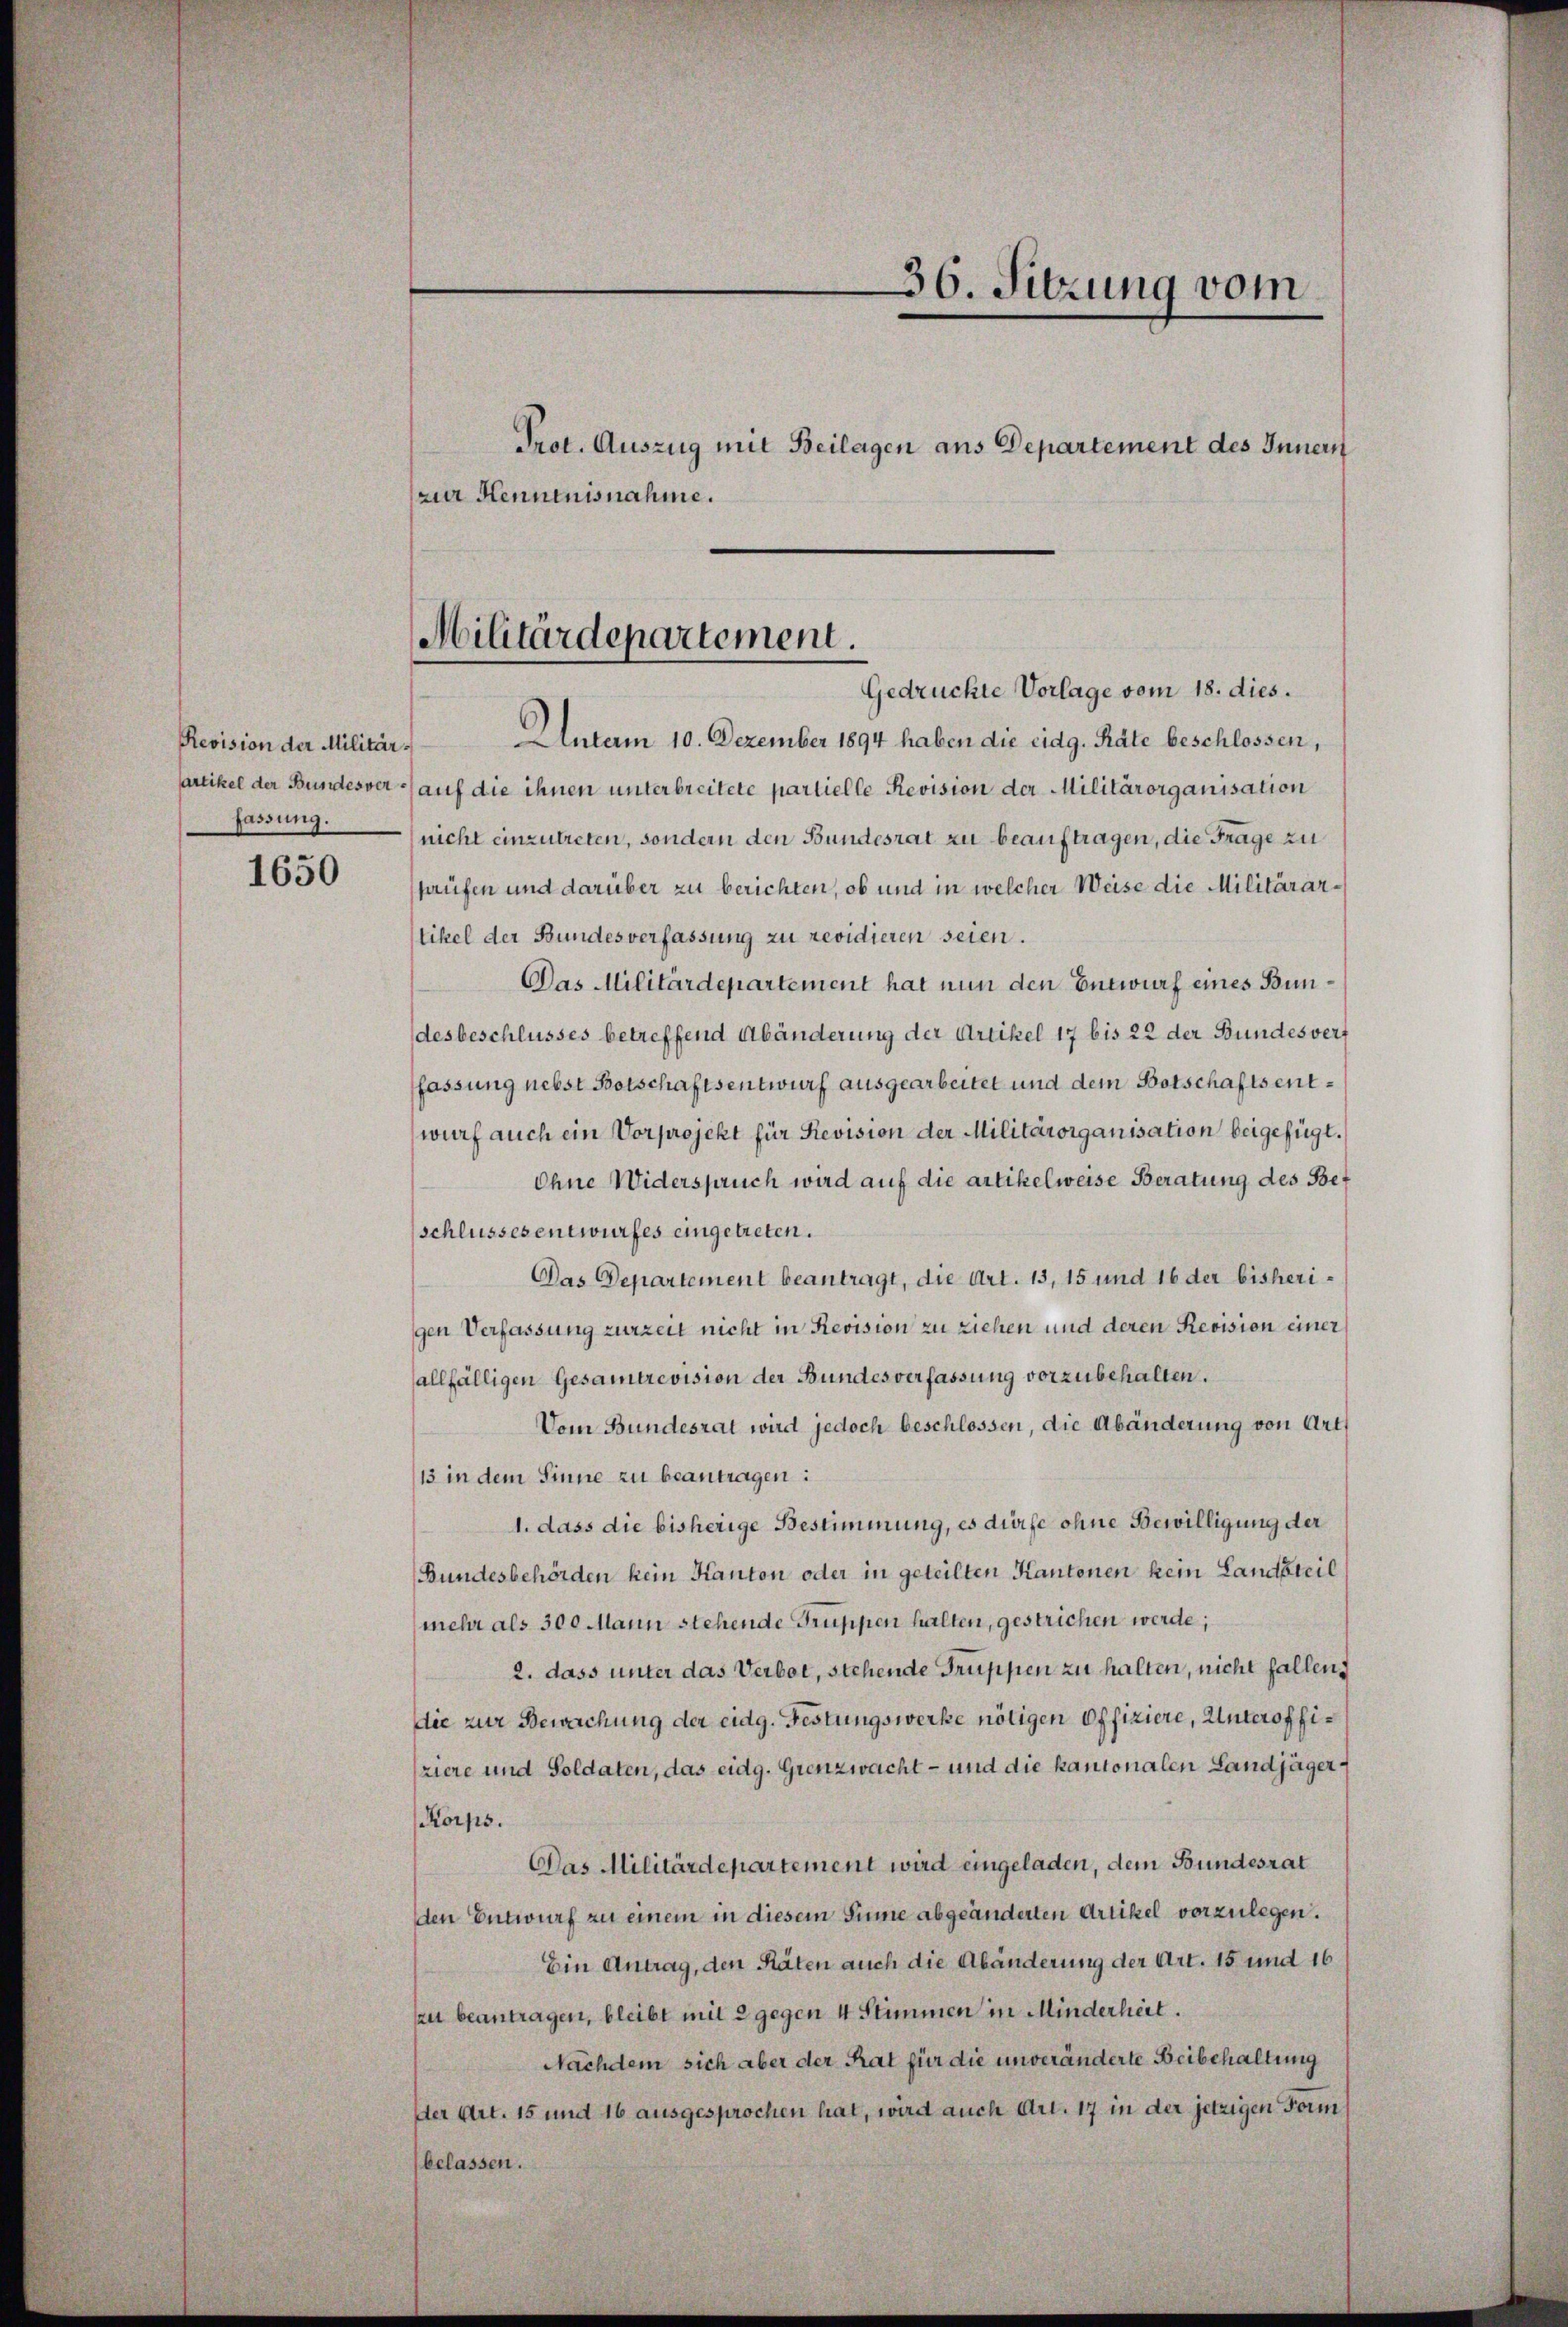
Revision der Militärfassung.

1650

zur Kenntnisnahme.

36. Sitzung vom
Prot. Auszug mit Beilagen aus Departement des Innern

Militärdepartement.
Gedrückte Vorlage vom 18. dies.

Unterm 10. Dezember 1894 haben die eidg. Räte beschlossen,
Cartikel der Bundesver auf die ihnen unterbreitete partielle Revision der Militärorganisation
nicht einzutreten, sondern den Bundesrat zu beauftragen, die Frage zu
haufen und darüber zu berichten, ob und in welcher Weise die Militärartikel der Bundesverfassung zu revidieren seien.
Das Militärdepartement hat nun den Entwurf eines Bundesbeschlusses betreffend Abänderung der Artikel 17 bis 22 der Bundesverf
fassung nebst Botschaftsentwurf ausgearbeitet und dem Botschaftsentwurf auch ein Vorprojekt für Revision der Militärorganisation beigefügt.
Ohne Widerspruch wird auf die artikelweise Beratung des Bef
schlussesentwurfes eingetreten.
Das Departement beantragt, die Art. 13, 15 und 16 der bisherigen Verfassung zurzeit nicht in Revision zu ziehen und deren Revision einer
allfälligen Gesamtrevision der Bundesverfassung vorzubehalten.
Dem Bundesrat wird jedoch beschlossen, die Abänderung von Art
/13 in dem Sinne zu beantragen:
1. dass die bisherige Bestimmung, es dürfe ohne Bewilligung der
(Bundesbehörden kein Kanton oder in geteilten Kantonen kein Landsteil
mehr als 300 Mann stehende Gruppen halten, gestrichen werde;
2. dass unter das Verbot, stehende Gruppen zu halten, nicht fallen,
die zur Bewachung der eidg. Festungswerke nötigen Offiziere, Unteroffiziere und Soldaten, das eidg. Grenzwacht - und die kantonalen Landjäger
Korps.
Das Militärdepartement wird eingeladen, dem Bundesrat
den Entwurf zu einem in diesem Sinne abgeänderten Artikel vorzulegen.
Ein Antrag, den Räten auch die Abänderung der Art. 15 und 16
zu beantragen, bleibt mit 2 gegen 4 Stimmen in Minderheit.
Nachdem sich aber der Rat für die unveränderte Beibehaltung
Der Art. 15 und 16 ausgesprochen hat, wird auch Art. 17 in der jetzigen Form
belassen.